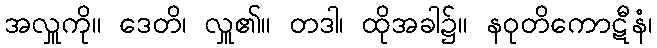
အလှူကို။ ဒေတိ၊ လှူ၏။ တဒါ၊ ထိုအခါ၌။ နဝုတိကောဋီနံ၊